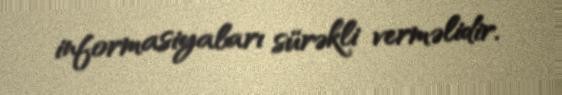
informasiyaları sürəkli verməlidir.